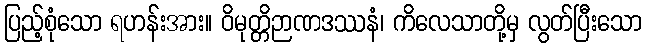
ပြည့်စုံသော ရဟန်းအား။ ဝိမုတ္တိဉာဏဒဿနံ၊ ကိလေသာတို့မှ လွတ်ပြီးသော